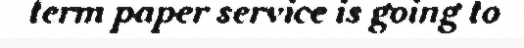
term paper service is going to